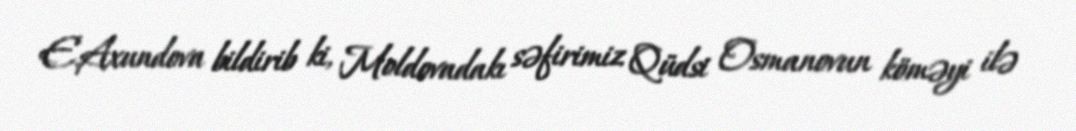
E.Axundova bildirib ki, Moldovadakı səfirimiz Qüdsi Osmanovun köməyi ilə